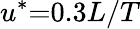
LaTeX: {u^{*}}\mathrm{{=}}0.3L/T